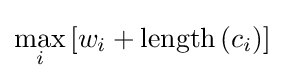
\max _{i}\left[w_{i}+\mathrm {length} \left(c_{i}\right)\right]